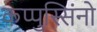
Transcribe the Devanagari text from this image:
कप्पुस्सिंनो